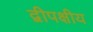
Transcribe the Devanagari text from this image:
द्वीपक्षीय